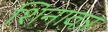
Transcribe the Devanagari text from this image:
शिनावत्र